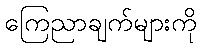
ကြေညာချက်များကို